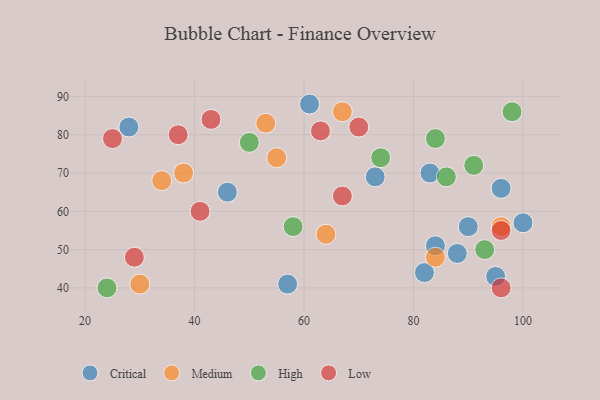
{"axis": {"x": "GDP", "y": "Life Expectancy"}, "legend": ["Critical", "High", "Low", "Medium"], "data": [{"x": "95", "y": 43, "type": "Critical"}, {"x": "82", "y": 44, "type": "Critical"}, {"x": "73", "y": 69, "type": "Critical"}, {"x": "88", "y": 49, "type": "Critical"}, {"x": "46", "y": 65, "type": "Critical"}, {"x": "84", "y": 51, "type": "Critical"}, {"x": "28", "y": 82, "type": "Critical"}, {"x": "96", "y": 66, "type": "Critical"}, {"x": "100", "y": 57, "type": "Critical"}, {"x": "90", "y": 56, "type": "Critical"}, {"x": "83", "y": 70, "type": "Critical"}, {"x": "57", "y": 41, "type": "Critical"}, {"x": "61", "y": 88, "type": "Critical"}, {"x": "38", "y": 70, "type": "Medium"}, {"x": "84", "y": 48, "type": "Medium"}, {"x": "53", "y": 83, "type": "Medium"}, {"x": "55", "y": 74, "type": "Medium"}, {"x": "96", "y": 56, "type": "Medium"}, {"x": "67", "y": 86, "type": "Medium"}, {"x": "34", "y": 68, "type": "Medium"}, {"x": "30", "y": 41, "type": "Medium"}, {"x": "64", "y": 54, "type": "Medium"}, {"x": "84", "y": 79, "type": "High"}, {"x": "91", "y": 72, "type": "High"}, {"x": "74", "y": 74, "type": "High"}, {"x": "86", "y": 69, "type": "High"}, {"x": "24", "y": 40, "type": "High"}, {"x": "93", "y": 50, "type": "High"}, {"x": "58", "y": 56, "type": "High"}, {"x": "50", "y": 78, "type": "High"}, {"x": "98", "y": 86, "type": "High"}, {"x": "43", "y": 84, "type": "Low"}, {"x": "25", "y": 79, "type": "Low"}, {"x": "41", "y": 60, "type": "Low"}, {"x": "70", "y": 82, "type": "Low"}, {"x": "29", "y": 48, "type": "Low"}, {"x": "96", "y": 40, "type": "Low"}, {"x": "96", "y": 55, "type": "Low"}, {"x": "63", "y": 81, "type": "Low"}, {"x": "37", "y": 80, "type": "Low"}, {"x": "67", "y": 64, "type": "Low"}]}